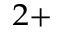
^ { 2 + }